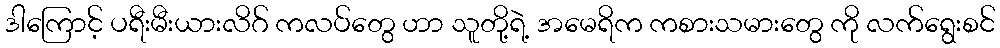
ဒါကြောင့် ပရီးမီးယားလိဂ် ကလပ်တွေ ဟာ သူတို့ရဲ့ အမေရိက ကစားသမားတွေ ကို လက်ရွေးစင်